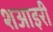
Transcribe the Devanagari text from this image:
शआइरी